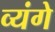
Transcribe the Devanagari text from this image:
व्यंगे